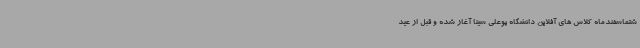
شتماسفندماه کلاس های آفلاین دانشگاه بوعلی سینا آغاز شده و قبل از عید